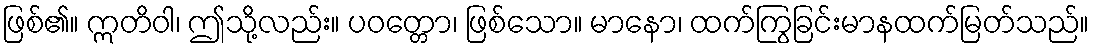
ဖြစ်၏။ ဣတိဝါ၊ ဤသို့လည်း။ ပဝတ္တော၊ ဖြစ်သော။ မာနော၊ ထက်ကြွခြင်းမာနထက်မြတ်သည်။